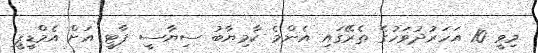
މިވީ 10 އަހަރުދުވަހުގެ ތެރޭގައި އެންމެ ކާމިޔާބު ސިޔާސީ ޕާޓީ އަށް އެމްޑީޕީ